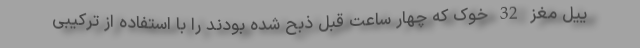
ییل مغز 32 خوک که چهار ساعت قبل ذبح شده بودند را با استفاده از ترکیبی